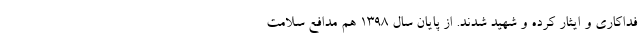
فداکاری و ایثار کرده و شهید شدند. از پایان سال ۱۳۹۸ هم مدافع سلامت